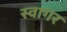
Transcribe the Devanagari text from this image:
स्वागर